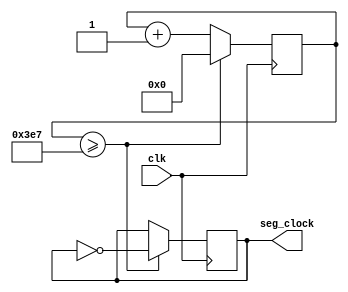
`timescale 1ns / 1ps

module segment_clock(seg_clock, clk);

	input clk;			// 100MHz clock
	
	output reg seg_clock = 0;		// clock signal to the seven segment display
	
	reg [9:0] count = 0;			// internal clock
	
	always @ (posedge clk)
	begin
		if (count >= 10'b1111100111) begin				//10'b1111101000
			seg_clock = ~seg_clock;						// change the clock if the count is reached
			count = 0;									// reset the count
		end
		else begin
			count = count + 1'b1;					// otherwise continue counting
		end
	end
endmodule